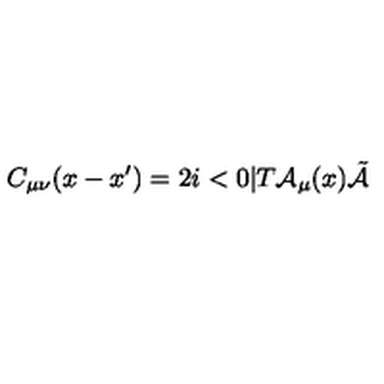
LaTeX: C _ { \mu \nu } ( x - x ^ { \prime } ) = 2 i < 0 | T { \cal A } _ { \mu } ( x ) \tilde { { \cal A } }